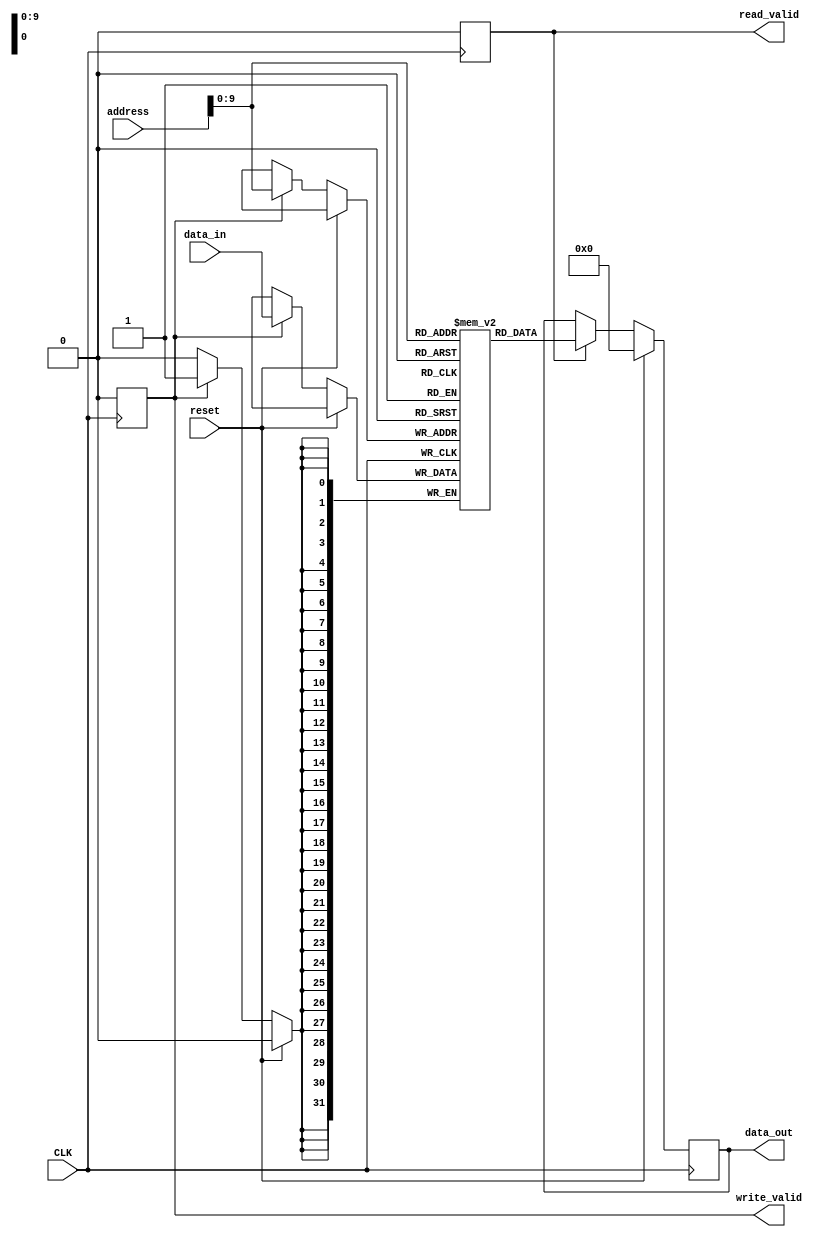
module QDR_SRAM (
    input wire CLK,
    input wire reset,
    input wire [31:0] address,
    input wire [31:0] data_in,
    output reg [31:0] data_out,
    output reg read_valid,
    output reg write_valid
);

reg [31:0] mem [0:1023];

always @(posedge CLK) begin
    if (reset) begin
        data_out <= 32'b0;
        read_valid <= 0;
        write_valid <= 0;
    end else begin
        if (read_valid) begin
            data_out <= mem[address];
            read_valid <= 0;
        end
        if (write_valid) begin
            mem[address] <= data_in;
            write_valid <= 0;
        end
    end
end

endmodule